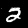
Label: 2